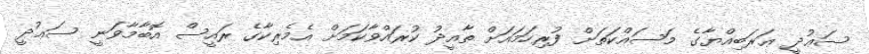
ސަޢުދީ ޢަރަބިއްޔާގެ މަސައްކަތަށް ފުރިހަމައަށް ތާއީދު ކުރައްވާކަމަށް އެމެރިކާގެ ރައީސް އޮބާމާވަނީ ސަޢުދީ